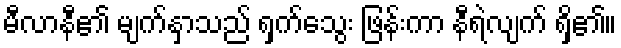
မီလာနီ၏ မျက်နှာသည် ရှက်သွေး ဖြန်းကာ နီရဲလျက် ရှိ၏။